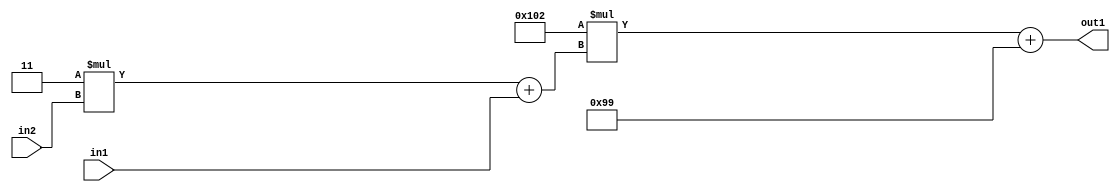
`timescale 1ps / 1ps
/*****************************************************************************
    Verilog RTL Description
    
    
    Created by: Stratus DpOpt 2019.1.01 
*******************************************************************************/

module DC_Filter_Add2i153Mul2i258Add2u1Mul2i3u2_4 (
	in2,
	in1,
	out1
	); /* architecture "behavioural" */ 
input [1:0] in2;
input  in1;
output [11:0] out1;
wire [11:0] asc001;
wire [3:0] asc002;

wire [3:0] asc002_tmp_0;
assign asc002_tmp_0 = 
	+(4'B0011 * in2);
assign asc002 = asc002_tmp_0
	+(in1);

wire [11:0] asc001_tmp_1;
assign asc001_tmp_1 = 
	+(12'B000100000010 * asc002);
assign asc001 = asc001_tmp_1
	+(12'B000010011001);

assign out1 = asc001;
endmodule

/* CADENCE  v7X5TQk= : u9/ySgnWtBlWxVPRXgAZ4Og= ** DO NOT EDIT THIS LINE ******/